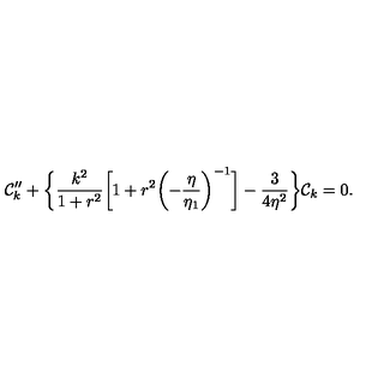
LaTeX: { \cal C } _ { k } ^ { \prime \prime } + \biggl \{ \frac { k ^ { 2 } } { 1 + r ^ { 2 } } \biggl [ 1 + r ^ { 2 } \biggl ( - \frac { \eta } { \eta _ { 1 } } \biggr ) ^ { - 1 } \biggr ] - \frac { 3 } { 4 \eta ^ { 2 } } \biggr \} { \cal C } _ { k } = 0 .